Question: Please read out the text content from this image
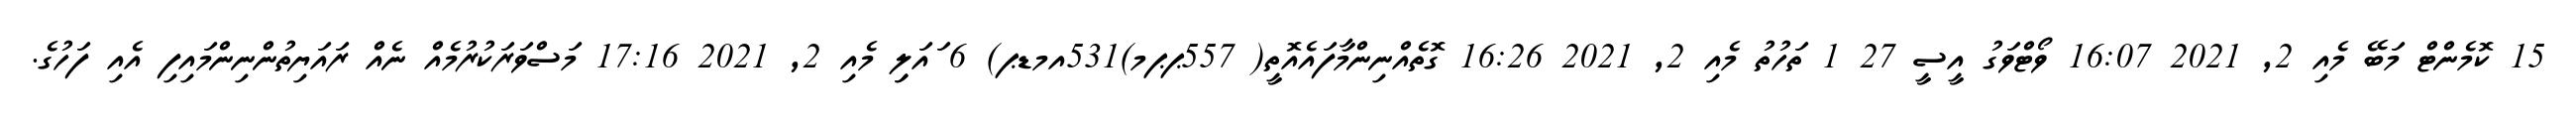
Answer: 15 ކޮމެންޓް މަބޭ މެއި 2, 2021 16:07 ވޯޓްވަގު އީސީ 27 1 ތަހުތު މެއި 2, 2021 16:26 ގޮތެއްނިންމާފައެއޮތީ( 557ޕޕމ)531އމޑޕ) 6 ައަލިި މެއި 2, 2021 17:16 މަސްވަރަކުރުމެއް ނެއް ރައަޔިތުންނިންމައިފި އެއި ފަހުގެ.